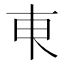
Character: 𬻌